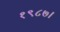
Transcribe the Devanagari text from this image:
१९८७।